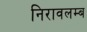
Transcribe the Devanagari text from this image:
निरावलम्ब